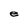
Character: e